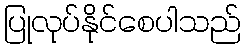
ပြုလုပ်နိုင်စေပါသည်